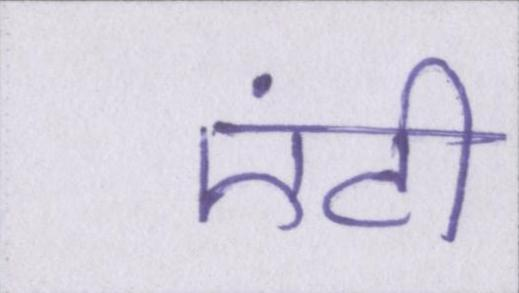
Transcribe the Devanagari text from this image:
एंटी